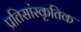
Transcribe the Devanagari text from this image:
प्रतिसांस्कृतिक